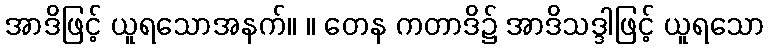
အာဒိဖြင့် ယူရသောအနက်။ ။ တေန ကတာဒိ၌ အာဒိသဒ္ဒါဖြင့် ယူရသော